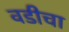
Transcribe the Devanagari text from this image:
वडीचा